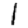
Digit: 1